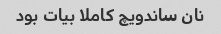
نان ساندویچ کاملا بیات بود